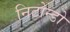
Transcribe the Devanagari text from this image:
निटोन्डो